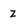
Character: Z